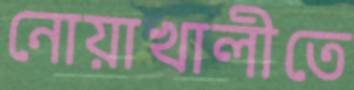
নোয়াখালীতে